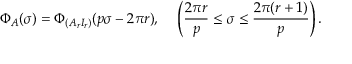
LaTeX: \Phi _ { { \cal A } } ( \sigma ) = \Phi _ { ( A _ { r } I _ { r } ) } ( p \sigma - 2 \pi r ) , ~ ~ ~ \left( \frac { 2 \pi r } { p } \leq \sigma \leq \frac { 2 \pi ( r + 1 ) } { p } \right) .